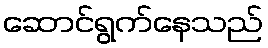
ဆောင်ရွက်နေသည်